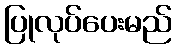
ပြုလုပ်ပေးမည်